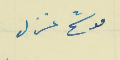
موشح غزل